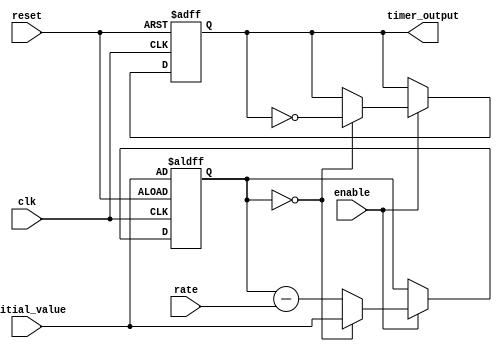
module timer_control_block (
    input wire clk, // Clock signal
    input wire reset, // Reset signal
    input wire enable, // Enable signal
    input wire [15:0] initial_value, // Initial value for counter
    input wire [7:0] rate, // Rate of increment/decrement for counter
    output reg timer_output // Timer signal output
);

reg [15:0] counter;

always @(posedge clk or posedge reset) begin
    if (reset) begin
        counter <= initial_value;
        timer_output <= 0;
    end else if (enable) begin
        if (counter == 0) begin
            counter <= initial_value;
            timer_output <= ~timer_output;
        end else begin
            counter <= counter - rate;
        end
    end
end

endmodule